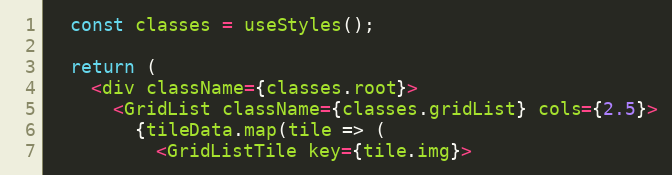
Language: JavaScript
  const classes = useStyles();

  return (
    <div className={classes.root}>
      <GridList className={classes.gridList} cols={2.5}>
        {tileData.map(tile => (
          <GridListTile key={tile.img}>